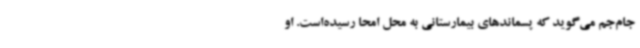
جام‌جم می‌گوید که پسماندهای بیمارستانی به محل امحا رسیده‌است. او